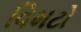
વિમટો